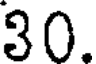
30.